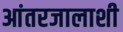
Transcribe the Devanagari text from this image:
आंतरजालाशी